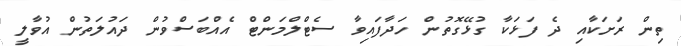
ތިން ރަށަކާއި ދެ ފަޅަކާ ގުޅޭގޮތުން ހަދާފައިވާ ސެޓްލްމަންޓް އެއްބަސްވުން ދައުލަތުން އުވާލީ